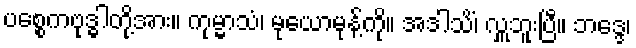
ပစ္စေကဗုဒ္ဓါတို့အား။ ကုမ္မာသံ၊ မုယောမုန့်ကို။ အဒါသိံ၊ လှူဘူးပြီ။ ဘဒ္ဒေ၊